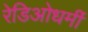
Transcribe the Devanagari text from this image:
रेडिओधर्मी